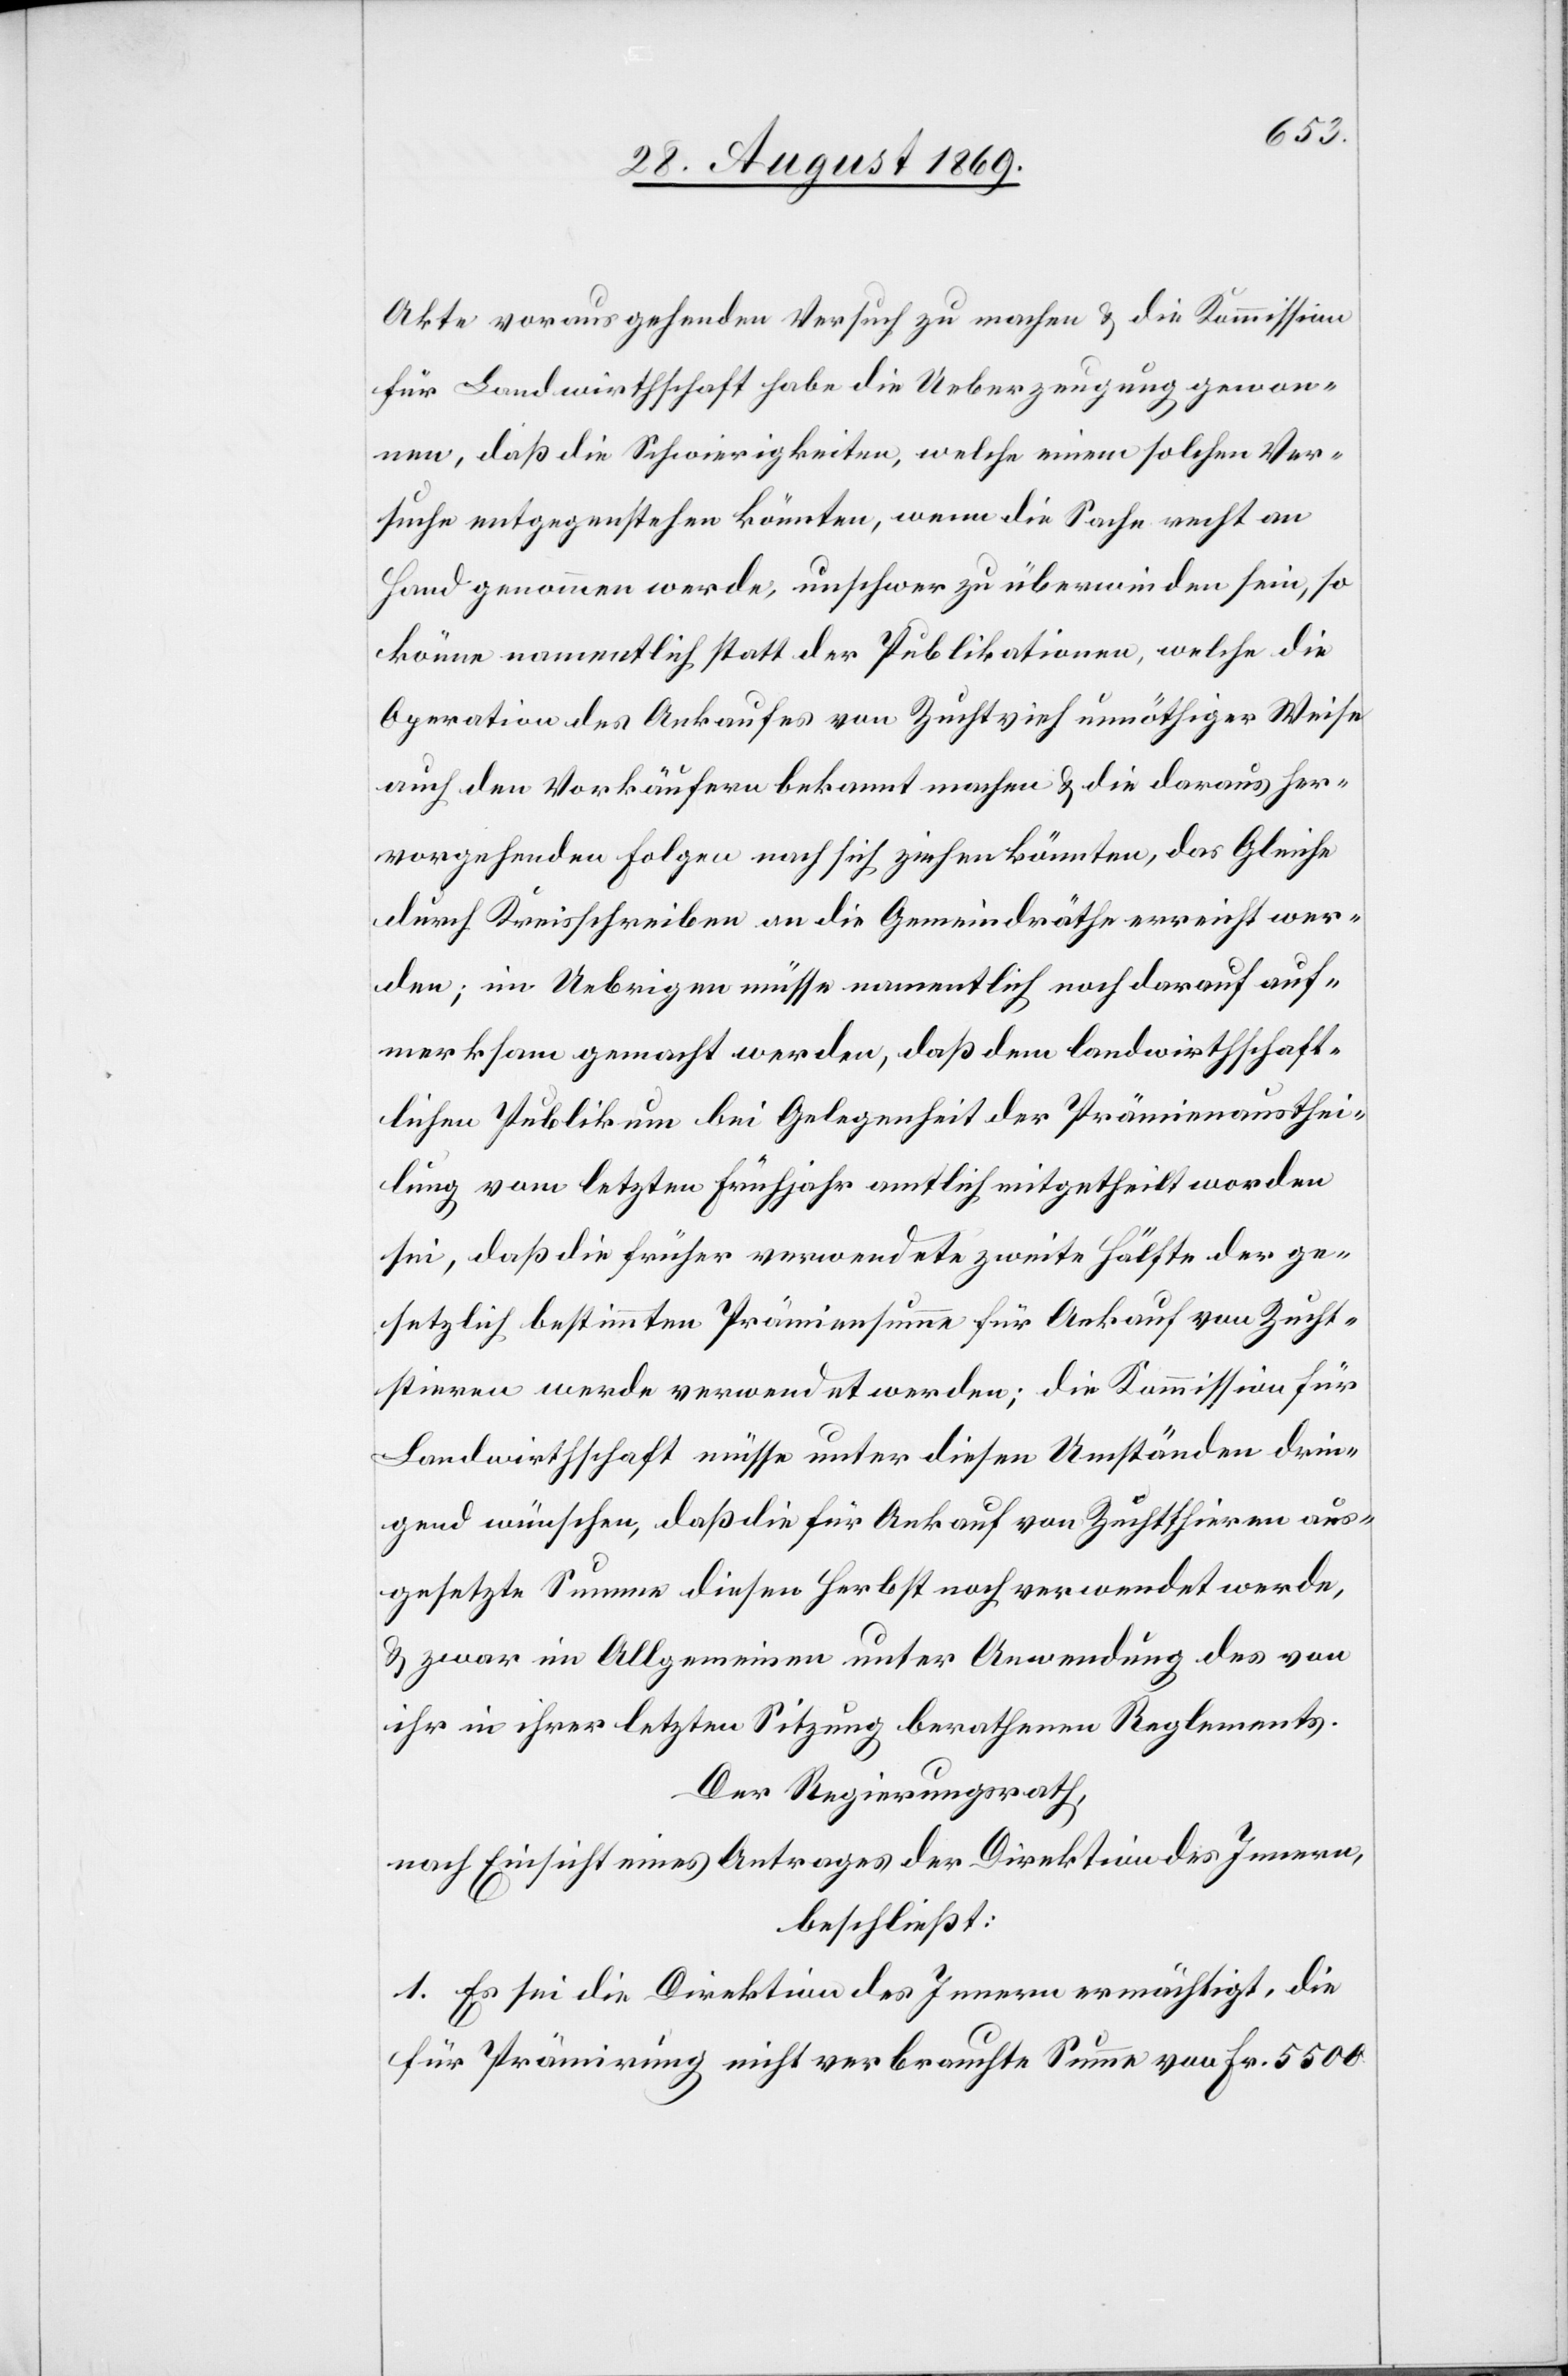
Akte vorausgehenden Versuch zu machen & die Kommission
für Landwirthschaft habe die Ueberzeugung gewon¬
nen, daß die Schwierigkeiten, welche einem solchen Ver¬
suche entgegenstehen könnten, wenn die Sache recht an
Hand genommen werde, unschwer zu überwinden sein [sic!],
könne namentlich statt der Publikationen, welche die
Operation des Ankaufes von Zuchtvieh unnöthiger Weise
auch den Vorkäufern bekannt machen & die daraus her¬
vorgehenden Folgen nach sich ziehen könnten, das Gleiche
durch Kreisschreiben an die Gemeindräthe erreicht wer¬
den; im Uebrigen müsse namentlich noch darauf auf¬
merksam gemacht werden, daß dem landwirthschaft¬
lichen Publikum bei Gelegenheit der Prämienausthei¬
lung vom letzten Frühjahr amtlich mitgetheilt worden
sei, daß die früher verwendete zweite Hälfte der ge¬
setzlich bestimmten Prämiensumme für Ankauf von Zucht¬
stieren werde verwendet werden; die Kommission für
Landwirthschaft müsse unter diesen Umständen drin¬
gend wünschen, daß die für Ankauf von Zuchtthieren aus¬
gesetzte Summe diesen Herbst noch verwendet werde,
& zwar im Allgemeinen unter Anwendung des von
ihr in ihrer letzten Sitzung berathenen Reglements.
Der Regierungsrath,
nach Einsicht eines Antrages der Direktion des Innern,
beschließt:
1. Es sei die Direktion des Innern ermächtigt, die
für Prämirung nicht verbrauchte Summe von Fr. 5500